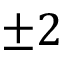
\pm 2